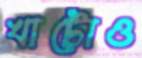
খাটোও